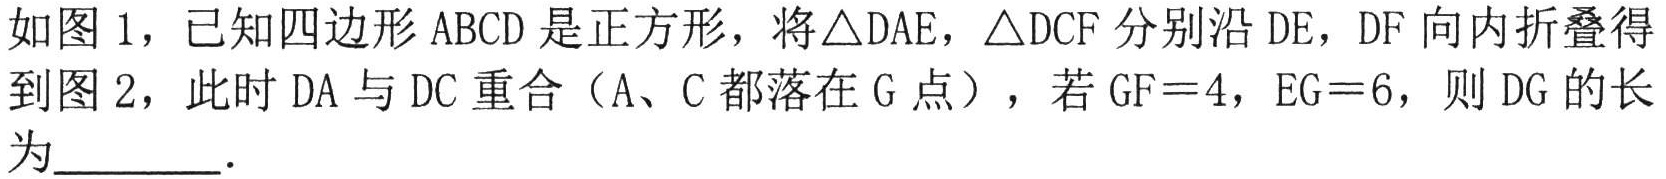
如图 1，已知四边形 \(ABCD\) 是正方形，将\(\triangle DAE\)，\(\triangle DCF\) 分别沿 \(DE\)，\(DF\) 向内折叠得
到图 2，此时 \(DA\) 与 \(DC\) 重合（\(A、C\) 都落在 \(G\) 点），若 \(GF = 4\)，\(EG = 6\)，则 \(DG\) 的长
为  ．